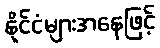
နိုင်ငံများအနေဖြင့်